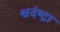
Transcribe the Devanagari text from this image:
श्वदंष्ट्रा